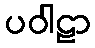
ပဝါဠာ